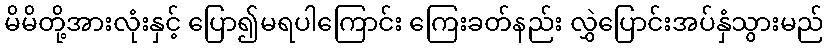
မိမိတို့အားလုံးနှင့် ပြော၍မရပါကြောင်း ကြေးခတ်နည်း လွှဲပြောင်းအပ်နှံသွားမည်